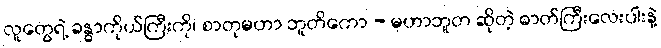
လူတွေရဲ့ ခန္ဓာကိုယ်ကြီးကို၊ စာတုမဟာ ဘူတိကော - မဟာဘူတ ဆိုတဲ့ ဓာတ်ကြီးလေးပါးနဲ့